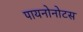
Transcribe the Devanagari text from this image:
पायनोनोटस